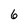
Character: 6